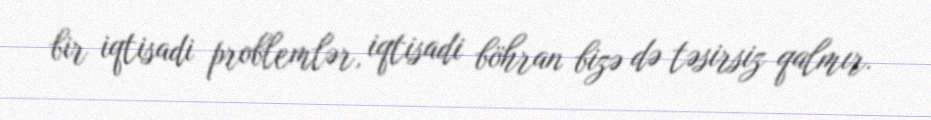
bir iqtisadi problemlər, iqtisadi böhran bizə də təsirsiz qalmır.